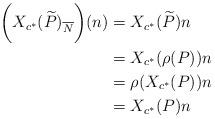
LaTeX: \begin{align*}\biggl(X_{c^{\ast}}(\widetilde{P})_{\overline{N}}\biggr)(n)&=X_{c^{\ast}}(\widetilde{P})n \\&=X_{c^{\ast}}(\rho(P))n \\&=\rho(X_{c^{\ast}}(P))n \\&=X_{c^{\ast}}(P)n\end{align*}